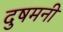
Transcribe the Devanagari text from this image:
दुषमनी